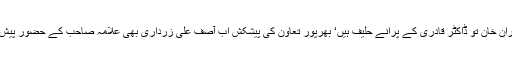
شیخ رشید اور عمران خان تو ڈاکٹر قادری کے پرانے حلیف ہیں‘ بھرپور تعاون کی پیشکش اب آصف علی زرداری بھی علامہ صاحب کے حضور پیش ہوکر دکھا چکے۔